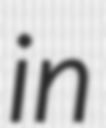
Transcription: in